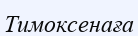
Тимоксенаға